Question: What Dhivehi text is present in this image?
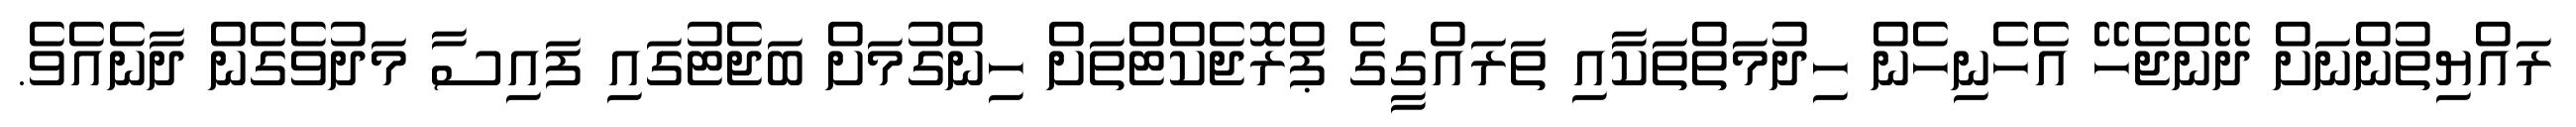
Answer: ރައްޔިތުންނަށް ދޭންޖެހޭ އެހެނިހެން ހިދުމަތްތަކާއި ތަރައްގީގެ ޕްރޮޖެކްޓްތަށް ހިންގުމަށް ބަޖެޓުގައި ފައިސާ މަދުވެގެން ދާނެއެވެ.